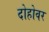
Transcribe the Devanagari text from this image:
दोहोवर